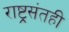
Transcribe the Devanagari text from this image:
राष्ट्रसंतही